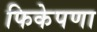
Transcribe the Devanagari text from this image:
फिकेपणा